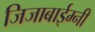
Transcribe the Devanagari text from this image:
जिजाबाईम्नी